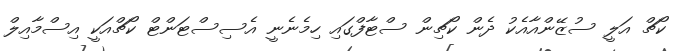
ކޯޗް އަލީ ސުޒޭންއާއެކު ދެން ކޯޗިން ސްޓާފްގައި ހިމެނެނީ އެސިސްޓަންޓް ކޯޗްއަކީ އިސްމާއިލް